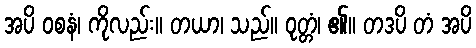
အပိ ဝစနံ၊ ကိုလည်း။ တယာ၊ သည်။ ဝုတ္တံ၊ ၏။ တဒပိ တံ အပိ